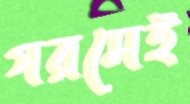
গরমেই